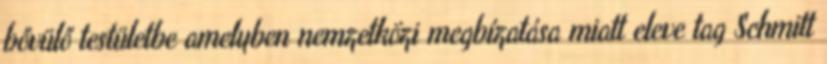
bővülő testületbe amelyben nemzetközi megbízatása miatt eleve tag Schmitt